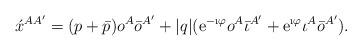
LaTeX: \begin{align*}\acute{x}^{AA'}= (p+\bar{p}) o^A\bar{o}^{A'} + |q|(\textrm{e}^{-\i\varphi} o^A\bar{\iota}^{A'} +\textrm{e}^{\i\varphi}\iota^A\bar{o}^{A'}).\end{align*}